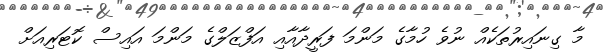
މާ ގިނައިރުތަކެއް ނުވެ ހުމާގެ މަންމަ ފަރީދާއާއި އަފްޒަލްގެ މަންމަ އައިސް ކޮޓަރިއަށް